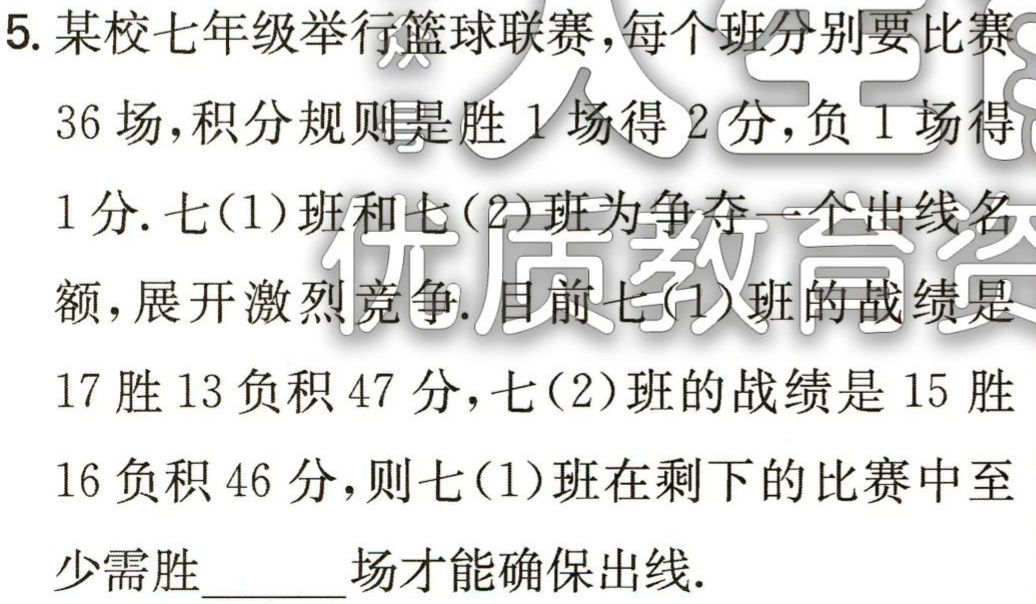
5. 某校七年级举行篮球联赛，每个班分别要比赛
36 场，积分规则是胜 1 场得 2 分，负 1 场得
1 分. 七(1)班和七(2)班为争夺一个出线名
额，展开激烈竞争. 目前七(1)班的战绩是
17 胜 13 负积 47 分，七(2)班的战绩是 15 胜
16 负积 46 分，则七(1)班在剩下的比赛中至
少需胜______场才能确保出线.